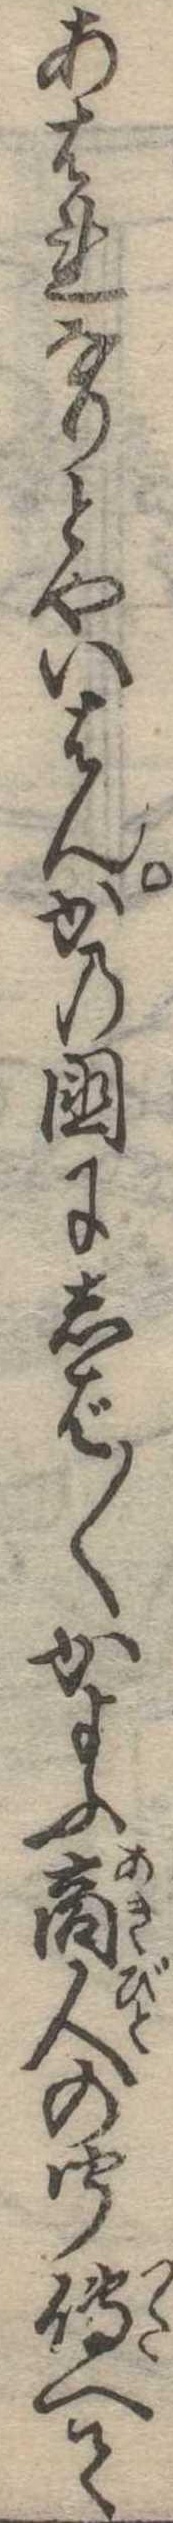
あはれなりとやいはんかの国にしば〱かよふ商人の聞伝へて